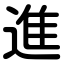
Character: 進